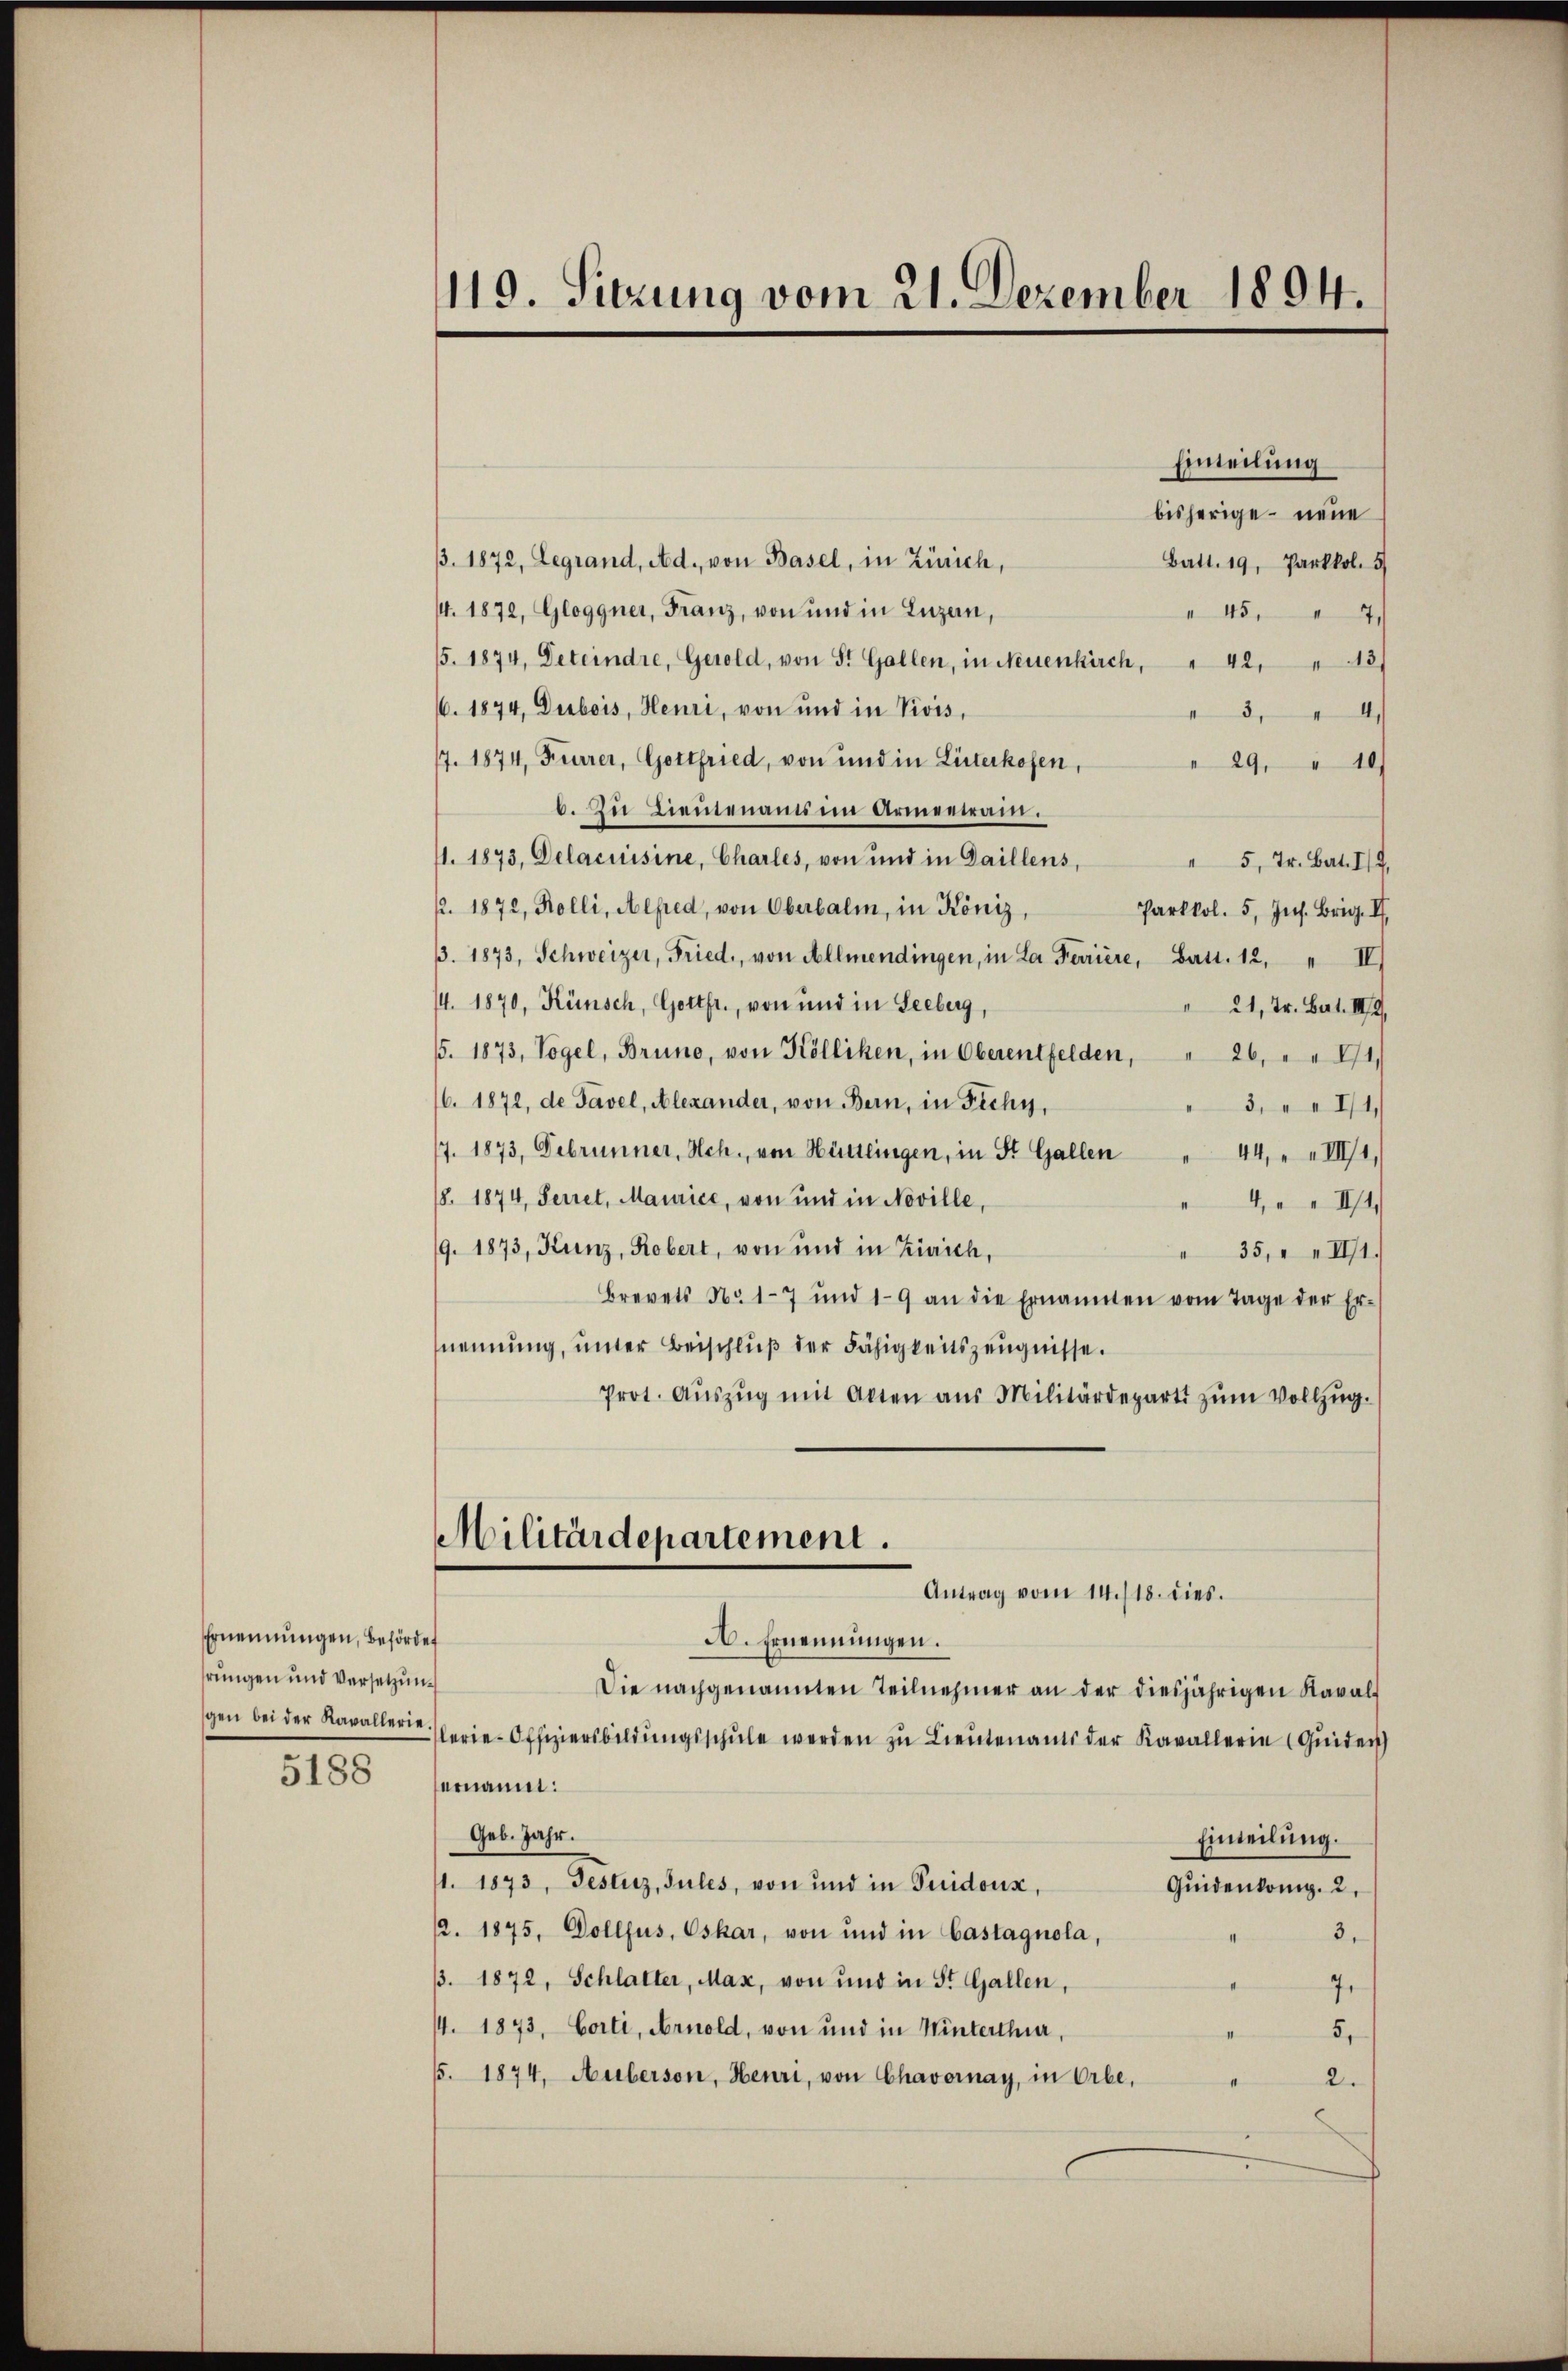
Ernennungen, Behördet
hrungen und Versetzung

5188

119. Sitzung vom 21. Dezember 1894.

Einteilung
bisherige neue
3. 1872, Legrand, Ad., von Basel, in Zürich,
Batt. 19, Parkkol. 5
/4. 1872, Gloggner, Franz, von und in Luzern,
 45, 7,
5. 1874, Deteindre, Gerold, von St. Gallen, in Neuenkirch, " 42, 13/
6. 1874, Dubois, Henri, von und in Vivis,
4.
3,
17. 1874, Furrer, Gottfried, von und in Literkofen,
29, " 10
6. Zu Lieutenaues im Armenrain.
11. 1873, Delacuisine, Charles, von und in Gaillens,
" 5, Jr. Bat. II
p. 1872, Kolli, Alfred, von Oberbalm, in Köniz,
Parkkol. 5, Ins. Brig. II.
3. 1873, Schweizer, Fried, von Allmendingen, in La Feriere, Bast. 12. " II
/4. 1870, Künsch, Gottfr., von und in Seeberg,
" 21, Fr. Bat. III 2,
. 1873, Vogel, Bruno, von Kölliken, in Oberentfelden, " 26, " " 171.
/6. 1872, de Tavel, Alexander, von Bern, in Fichy,
3, " " 11
7. 1873, Debrunner, Hch., von Hüttlingen, in St. Gallen
44, III 1
8. 1874, Serret, Maurice, von und in Noville,
4 III 4
/9. 1873, Kunz, Robert, von und in Zürich,
" 35, " " II1.
Brevets No. 17 und 19 an die Ernannten vom Tage der Er-
nennung, unter Beischluß der Fähigkeitszeugnisse.
Prot. Aŭszŭg mit Akten aŭs Militärdepart zŭm Vollzŭg.
Militärdepartement.
Antrag vom 14./18. dies.
A. Ernennungen.
Die nachgenannten Teilnehmer an der diesjährigen Kaval
gen bei der Kavallerte. (erie-Offiziersbildŭngsschŭle werden zŭ Lieŭtenants der Kavallerie (Quiden
ernannt:
Geb. Jahr.
Einteilung.
/1. 1873, Testiz, Sules, von und in Guidoux,
Quidenkönig. 2.
12. 1875, Dollfus, Oskar, von und in Castagnola,
3.
B. 1872, Schlatter, Max, von und in St. Gallen,
4
44. 1873, Corti, Arnold, von und in Winterthur,
5.
65. 1874. Auberson, Heuri, von Chavornay, in Erbe,
2.